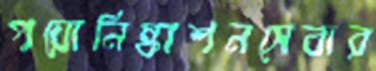
পয়োনিষ্কাশনসেবার